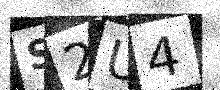
Text: S2U4